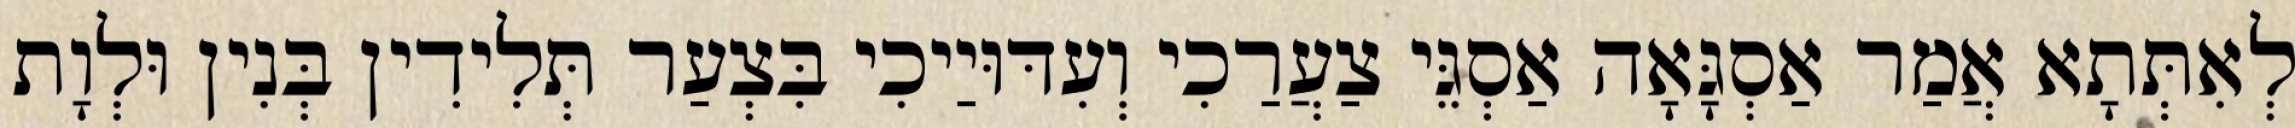
לְאִתְּתָא אֲמַר אַסְגָּאָה אַסְגֵּי צַעֲרַכִי וְעִדּוּיַיכִי בִּצְעַר תְּלִידִין בְּנִין וּלְוָת